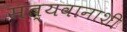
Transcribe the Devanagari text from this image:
सत्यवानाशी